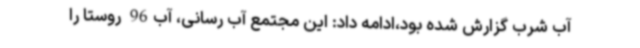
آب شرب گزارش شده بود،ادامه داد: این مجتمع آب رسانی، آب96 روستا را